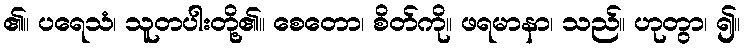
၏။ ပရေသံ၊ သူတပါးတို့၏။ စေတော၊ စိတ်ကို။ ဖရမာနာ၊ သည်။ ဟုတွာ၊ ၍။